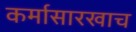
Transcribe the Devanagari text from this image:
कर्मासारखाच